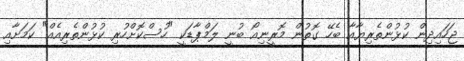
ޖަހައިދިން ކުޅުންތެރިޔާއާ ބެހޭ ގޮތުން މޮރީނިއޯ ބުނީ ލަމްޕާޑަކީ "ހުސްކޮށްހުރި ކުޅުންތެރިއެއް" ކަމަށާއި